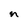
Character: n